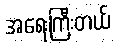
အရေးကြီးတယ်